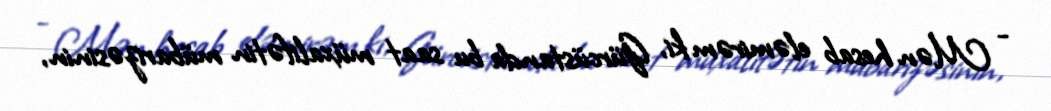
- Mən hesab eləmirəm ki, Gürcüstanda bu saat müxalifətin mübarizəsinin,